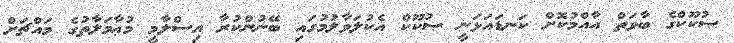
ޞުކޫކްގެ ބާވަތް އާއްމުކޮށް ކަނޑައަޅަނީ ޞުކޫކް އެކުލަވާލުމުގައި ބޭނުންކުރާ އިސްލާމީ މުޢާމަލާތުގެ މައްޗަށް